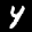
Label: 4